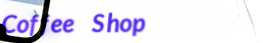
Coffee Shop